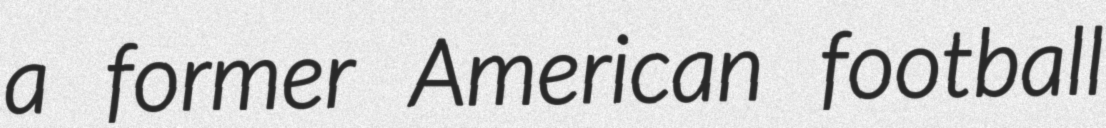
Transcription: a former American football